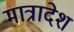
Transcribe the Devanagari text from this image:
मात्रादेश